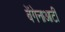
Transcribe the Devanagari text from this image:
बेंगेनाआटी